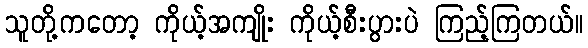
သူတို့ကတော့ ကိုယ့်အကျိုး ကိုယ့်စီးပွားပဲ ကြည့်ကြတယ်။